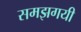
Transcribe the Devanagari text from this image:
समझगयी